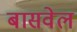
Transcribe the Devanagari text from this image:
बासवेल